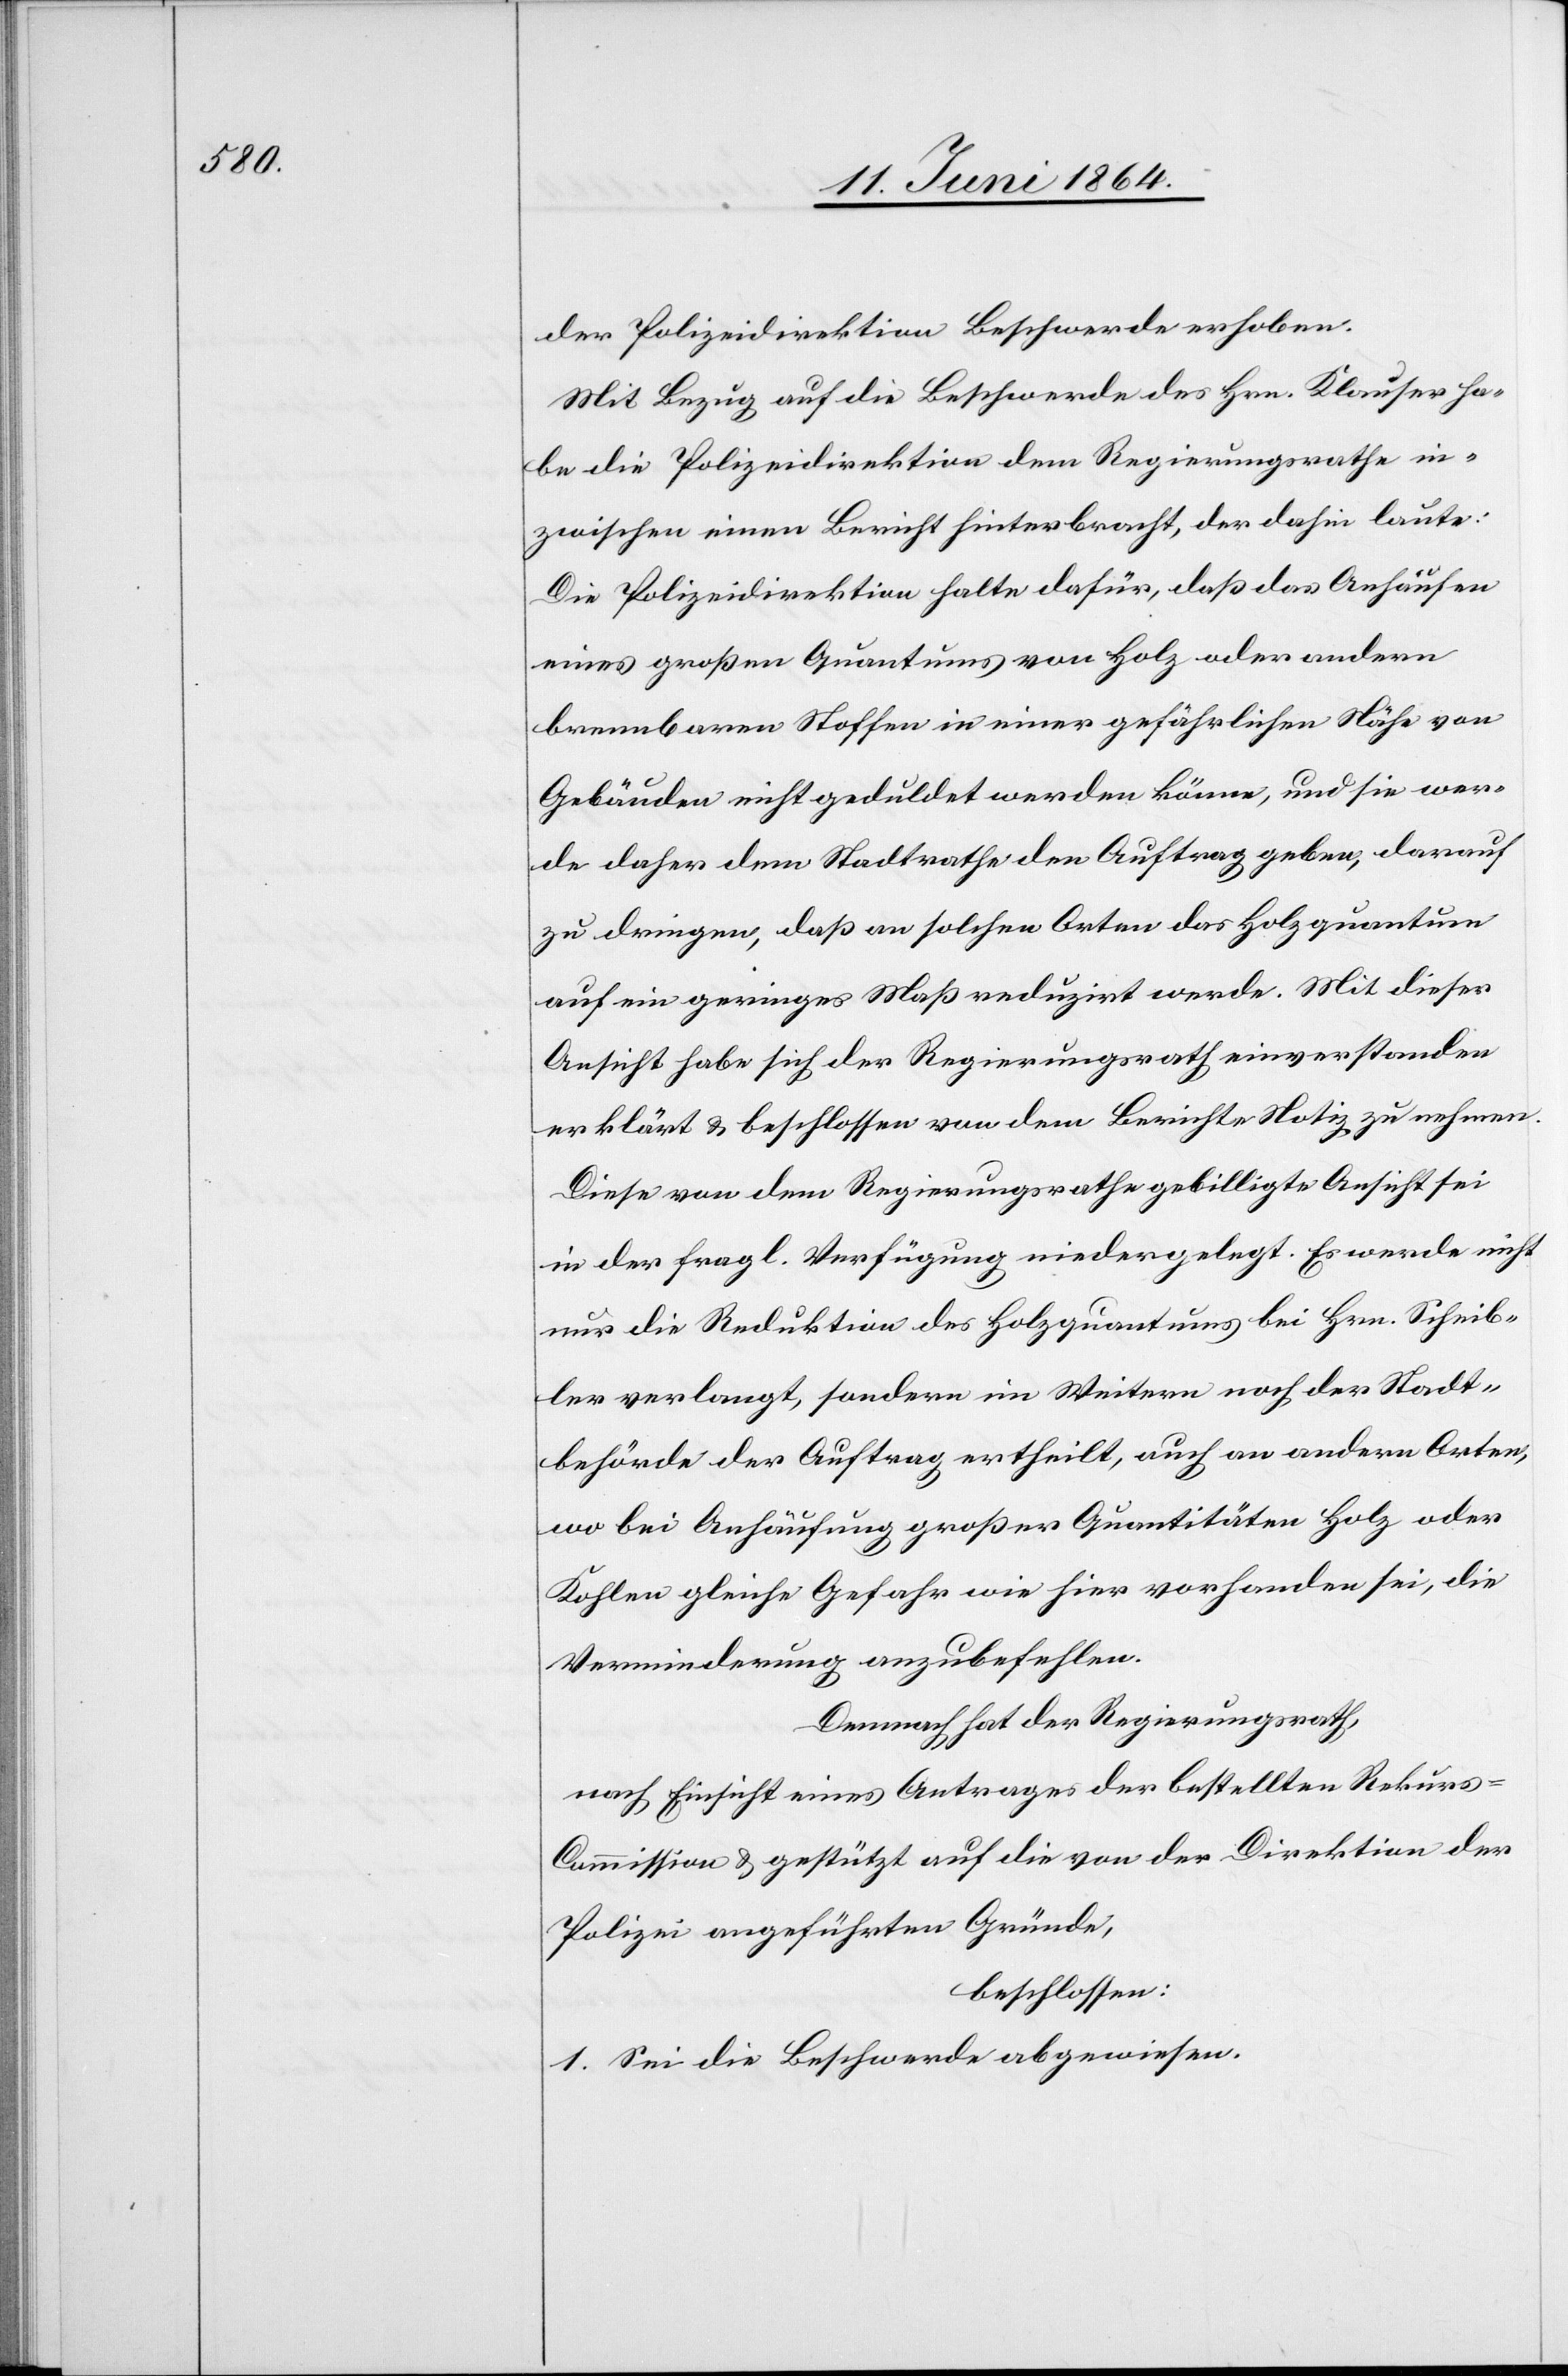
der Polizeidirektion Beschwerde erhoben.
Mit Bezug auf die Beschwerde des Hrn. Klauser ha¬
be die Polizeidirektion dem Regierungsrathe in¬
zwischen einen Bericht hinterbracht, der dahin laute:
Die Polizeidirektion halte dafür, daß das Anhäufen
eines großen Quantums von Holz oder andern
brennbaren Stoffen in einer gefährlichen Nähe von
Gebäuden nicht geduldet werden könne, und sie wer¬
de daher dem Stadtrathe den Auftrag geben, darauf
zu dringen, daß an solchen Orten das Holzquantum
auf ein geringes Maß reduzirt werde. Mit dieser
Ansicht habe sich der Regierungsrath einverstanden
erklärt u. beschlossen von dem Berichte Notiz zu nehmen.
Diese von dem Regierungsrath gebilligte Ansicht sei
in der fragl. Verfügung niedergelegt. Es werde nicht
nur die Reduktion des Holzquantums bei Hrn. Scheib¬
ler verlangt, sondern im Weitern noch der Stadt¬
behörde der Auftrag ertheilt, auch an andern Orten,
wo bei Anhäufung großer Quantitäten Holz oder
Kohlen gleiche Gefahr wie hier vorhanden sei, die
Verminderung anzubefehlen.
Demnach hat der Regierungsrath,
nach Einsicht eines Antrages der bestellten Rekur¬
s-Commission u. gestützt auf die von der Direktion der
Polizei angeführten Gründe,
beschlossen:
I. Sei die Beschwerde abgewiesen.